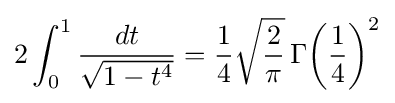
2\int _{0}^{1}{\frac {dt}{\sqrt {1-t^{4}}}}={\frac {1}{4}}{\sqrt {\frac {2}{\pi }}}\,\Gamma {\left({\frac {1}{4}}\right)^{2}}